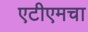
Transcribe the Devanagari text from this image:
एटीएमचा